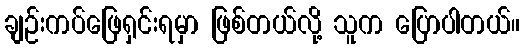
ချဉ်းကပ်ဖြေရှင်းရမှာ ဖြစ်တယ်လို့ သူက ပြောပါတယ်။